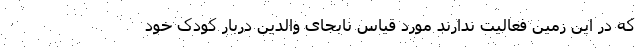
که در این زمین فعالیت ندارند مورد قیاس نابجای والدین دربار کودک خود